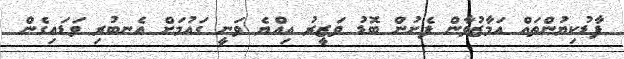
ފާޑުކިޔުންތައް އަމާޒުވާން ފެށުން ބޮޑު ވަޒީރު އިއްޔެ ވަނީ ގައުމަށް އެނބުރި ވަޑައިގެން